Riigikantselei, lk 464
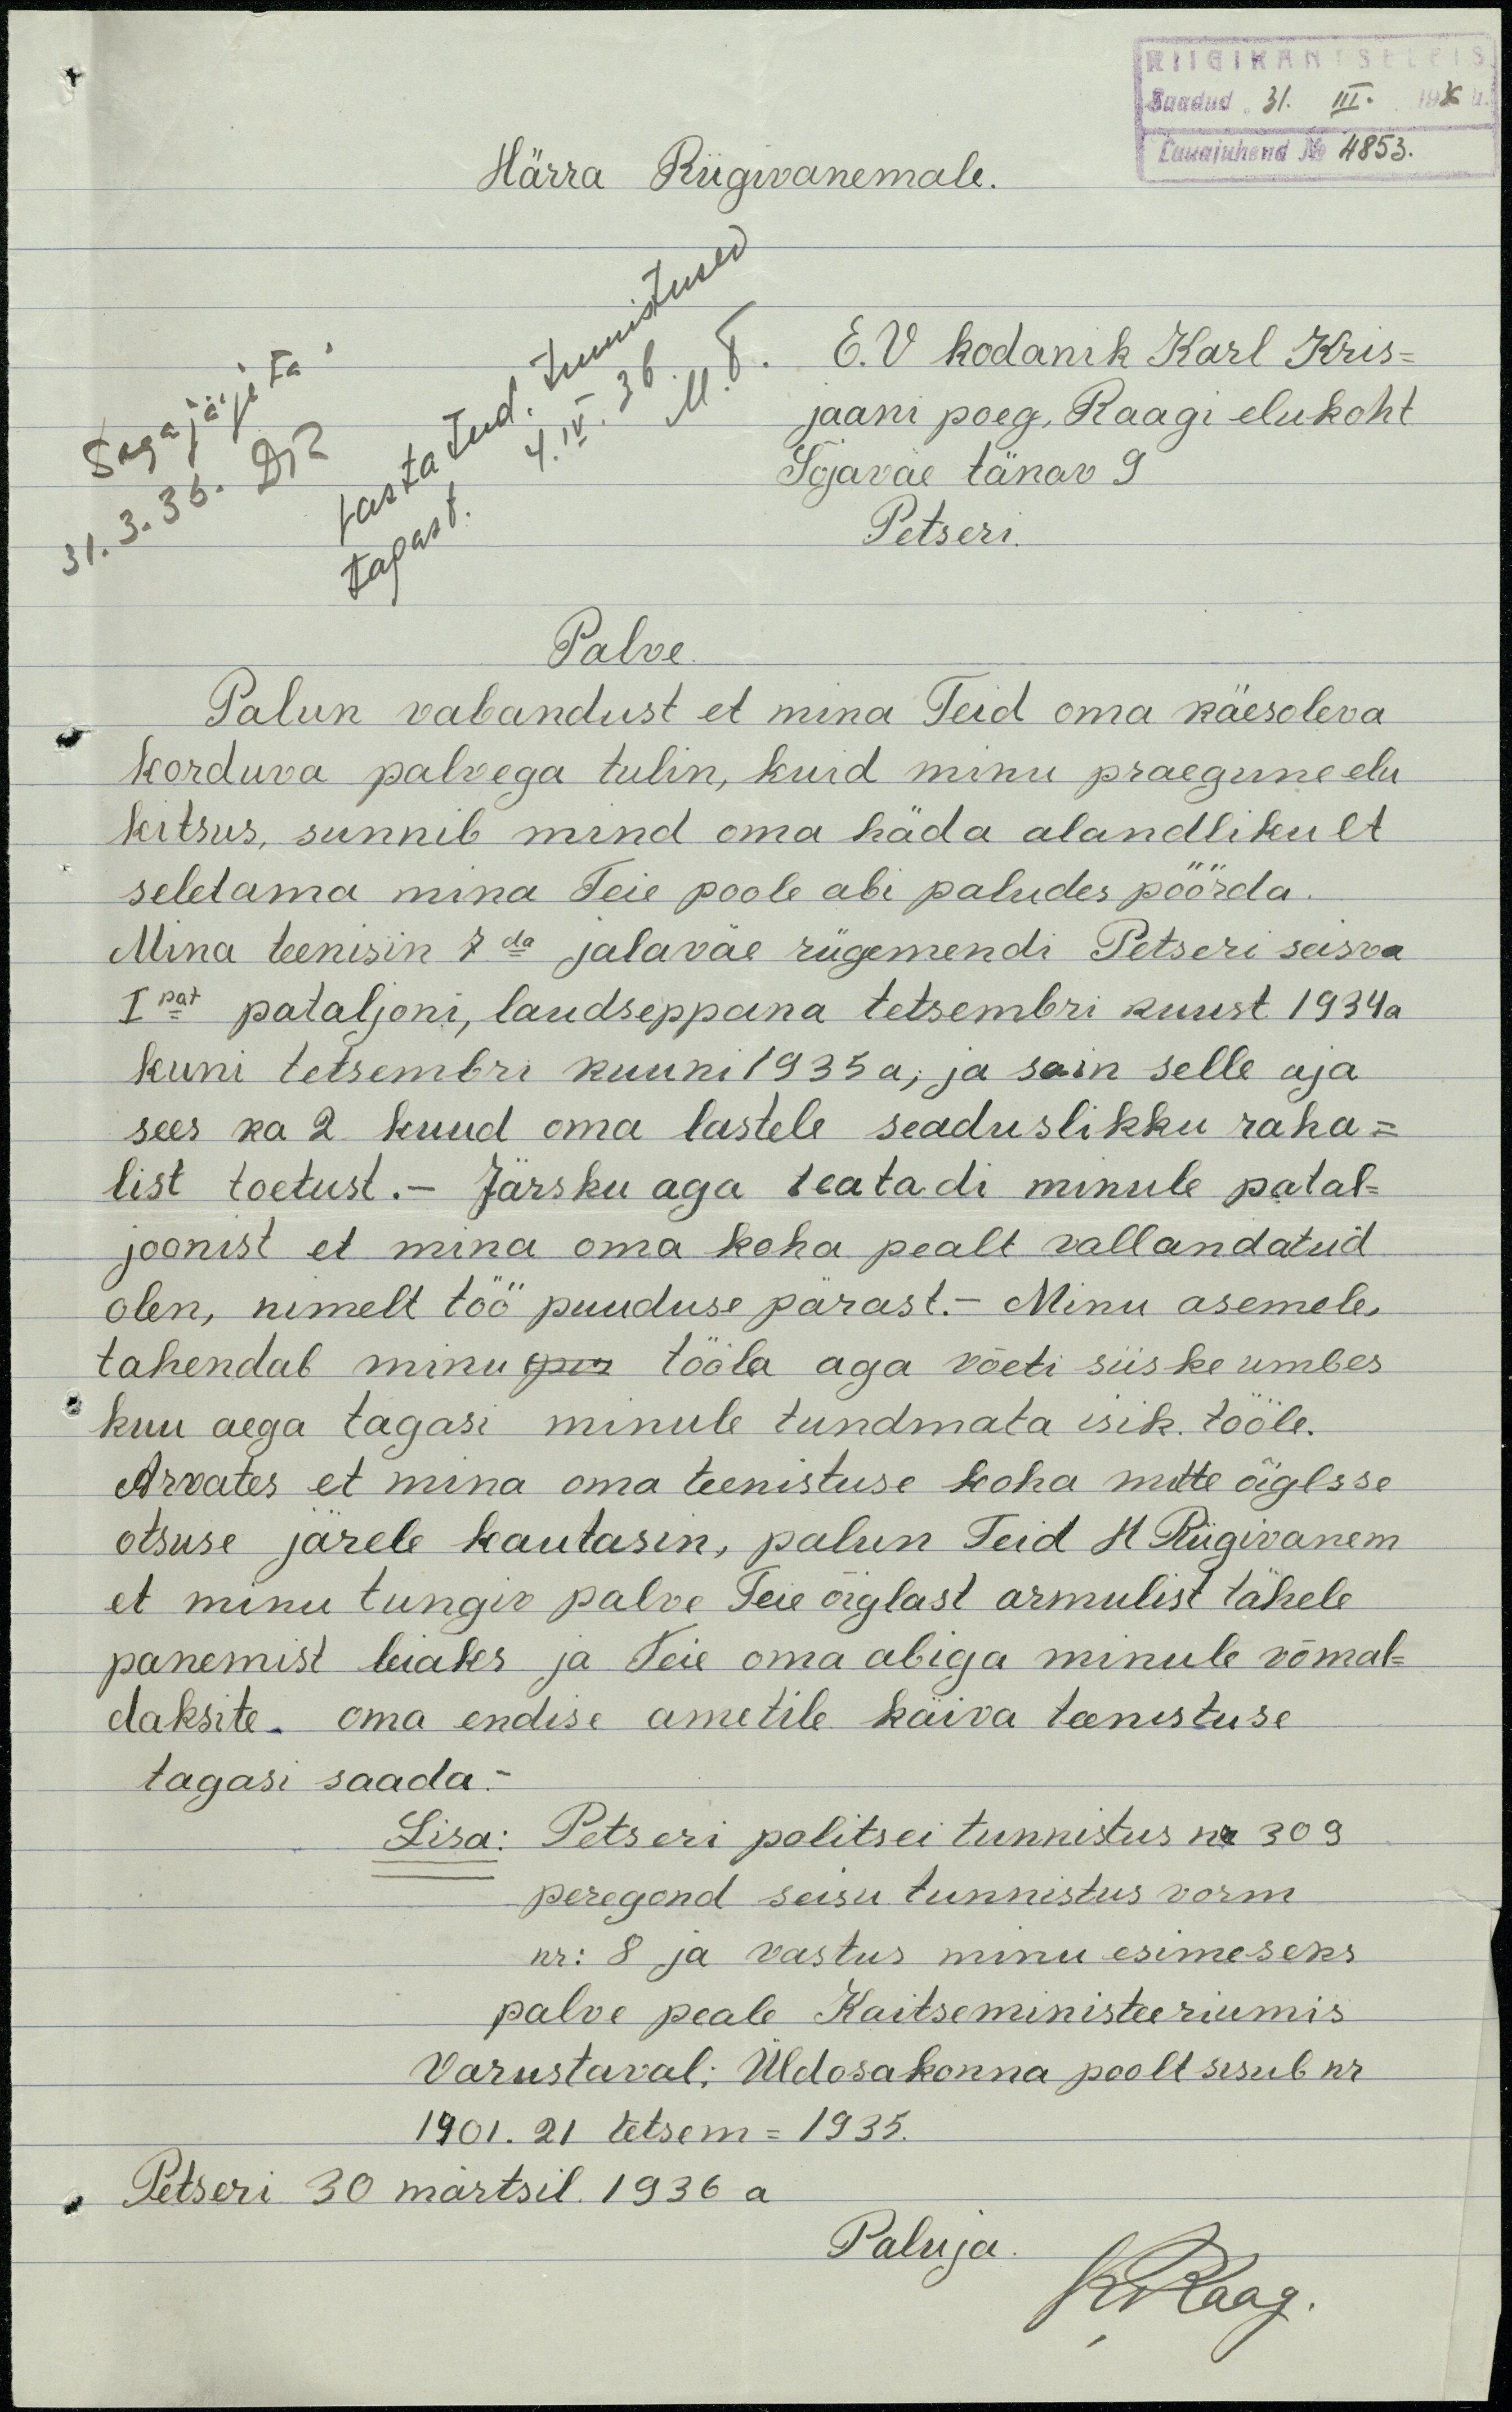
RIIGIKANTSELEIS
Saadud "31. III. 1936 a.
Lauajuhend N 4853.
Härra Riigivanemale.
Tagajärjeta.
31. 3. 36. DR
4. IV. 36. M. T.
E. V kodanik Karl Kris-
jaani poeg, Raagi elukoht
Sõjaväe tänav 9
Petseri.
Palve
Palun vabandust et mina Teid oma käesoleva
korduva palvega tulin, kuid minu praegune elu
kitsus, sunnib mind oma häda alandlikult
seletama mina Teie poole abi paludes pöörda.
Mina teenisin 7da jalaväe rügemendi Petseri seisva
I pat pataljoni, laudseppana tetsembri kuust 1934a
kuni tetsembri kuuni 1935 a; ja sain selle aja
sees ka 2 kuud oma lastele seaduslikku raha-
list toetust.- Järsku aga teatadi minule patal-
joonist et mina oma koha pealt vallandatud
olen, nimelt töö puuduse pärast.- Minu asemele,
tahendab minu gn tööla aga võeti siiske umbes
kuu aega tagasi minule tundmata isik. tööle.
Arvates et mina oma teenistuse koha mitte õiglsse
otsuse järele kautasin, palun Teid H Riigivanem
et minu tungiv palve Teie õiglast armulist tähele
panemist leiaks ja teie oma abiga minule võmal-
daksite - oma endise ametile käiva teenistuse
tagasi saada. -
Lisa: Petseri politsei tunnistus nr 309
peregond seisu tunnistus vorm
nr: 8 ja vastus minu esimeseks
palve peale Kaitseministeeriumis
Varustaval; Üldosakonna poolt sesub nr
1901. 21 tetsem - 1935.
Petseri 30 märtsil. 1936 a
Paluja
KRaag.